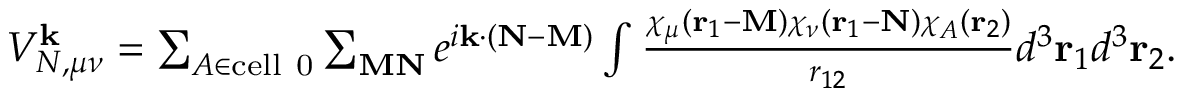
\begin{array} { r } { V _ { N , \mu \nu } ^ { \mathbf { k } } = \sum _ { A \in \mathrm { c e l l ~ 0 } } \sum _ { \mathbf { M N } } e ^ { i \mathbf { k } \cdot ( \mathbf { N - M } ) } \int \frac { \chi _ { \mu } ( \mathbf { r } _ { 1 } - \mathbf { M } ) \chi _ { \nu } ( \mathbf { r } _ { 1 } - \mathbf { N } ) \chi _ { A } ( \mathbf { r } _ { 2 } ) } { r _ { 1 2 } } d ^ { 3 } \mathbf { r } _ { 1 } d ^ { 3 } \mathbf { r } _ { 2 } . } \end{array}